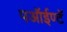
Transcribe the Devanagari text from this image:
पऑईण्टॅ